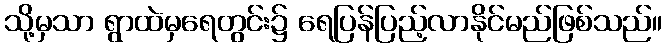
သို့မှသာ ရွာထဲမှရေတွင်း၌ ရေပြန်ပြည့်လာနိုင်မည်ဖြစ်သည်။